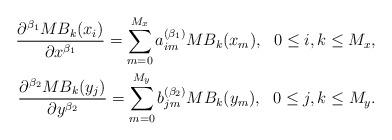
LaTeX: \begin{align*}\frac{\partial^{\beta_1} M{B_k}(x_i)}{\partial x^{\beta_1}}=\sum^{M_x}_{m=0}a_{im}^{(\beta_1)}M{B_k}(x_m),\ \ 0\leq i,k\leq M_x,\\\frac{\partial^{\beta_2} M{B_k}(y_j)}{\partial y^{\beta_2}}=\sum^{M_y}_{m=0}b_{jm}^{(\beta_2)}M{B_k}(y_m),\ \ 0\leq j,k\leq M_y.\end{align*}